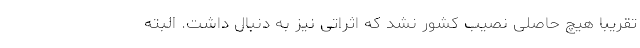
تقریبا هیچ حاصلی نصیب کشور نشد که اثراتی نیز به دنبال داشت. البته